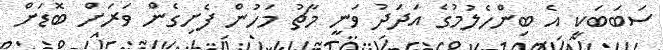
ސަބަބަކީ އެ ބިންހެލުމުގެ އަދަދު ވަނީ މާޗު މަހުން ފެށިގެން ވަރަށް ބޮޑަށް